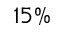
1 5 \%